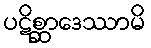
ပဋိစ္ဆာဒေဿာမိ